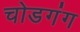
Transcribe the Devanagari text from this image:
चोडगंग